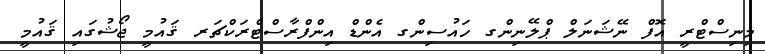
މިނިސްޓްރީ އޮފް ނޭޝަނަލް ޕްލޭނިންގ ހައުސިންގ އެންޑް އިންފްރާސްޓްރަކްޗަރ ޤައުމީ ޖޯޝުގައި ޤައުމީ